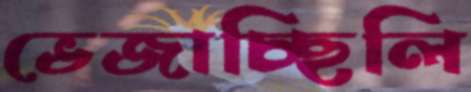
ভেজাচ্ছিলি